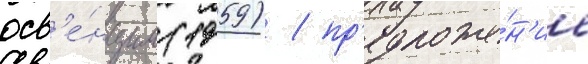
осв'е́нцим (1959) / пр'едложе́н'ие